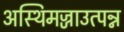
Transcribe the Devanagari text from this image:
अस्थिमज्जाउत्पन्न